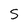
Character: S